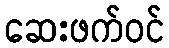
ဆေးဖက်ဝင်